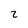
Character: 2